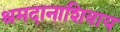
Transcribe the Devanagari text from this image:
श्रमदानाशिवाय